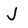
Character: J